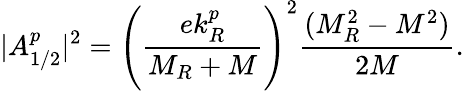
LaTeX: |A_{1/2}^{p}|^{2}=\left(\frac{ek_{R}^{p}}{M_{R}+M}\right)^{2}\frac{(M_{R}^{2}-M^{2})}{2M}.